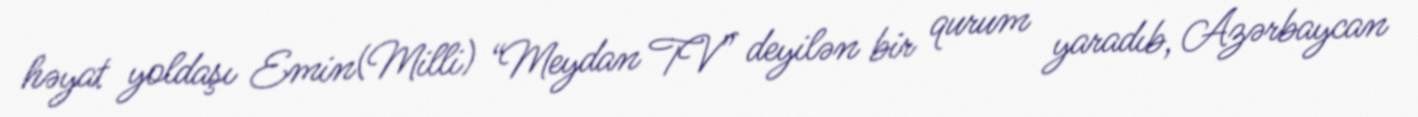
həyat yoldaşı Emin(Milli) “Meydan TV” deyilən bir qurum yaradıb, Azərbaycan